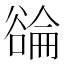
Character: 𬤳